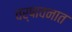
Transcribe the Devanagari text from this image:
वर्षावनात